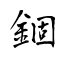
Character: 錮